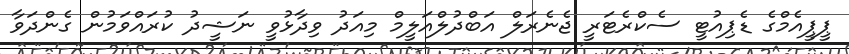
ޕީޕީއެމްގެ ޑެޕިއުޓީ ސެކްރެޓަރީ ޖެނެރަލް އަބްދުލްއަލީމް މިއަދު ވިދާޅުވީ ނަޝީދު ކުރައްވަމުން ގެންދަވާ